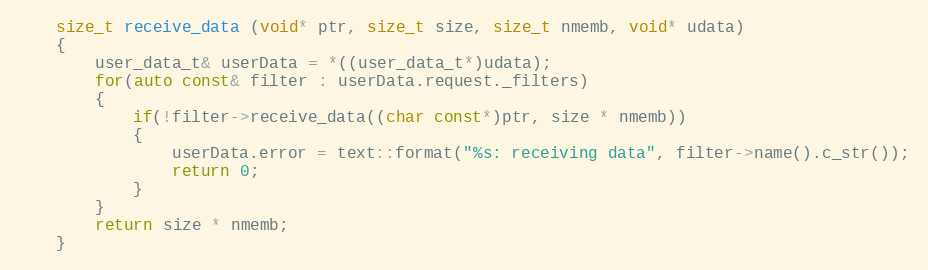
Language: C++
	size_t receive_data (void* ptr, size_t size, size_t nmemb, void* udata)
	{
		user_data_t& userData = *((user_data_t*)udata);
		for(auto const& filter : userData.request._filters)
		{
			if(!filter->receive_data((char const*)ptr, size * nmemb))
			{
				userData.error = text::format("%s: receiving data", filter->name().c_str());
				return 0;
			}
		}
		return size * nmemb;
	}